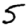
Digit: 5